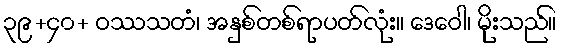
၃၉+၄၀+ ဝဿသတံ၊ အနှစ်တစ်ရာပတ်လုံး။ ဒေဝေါ၊ မိုးသည်။